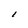
Character: I